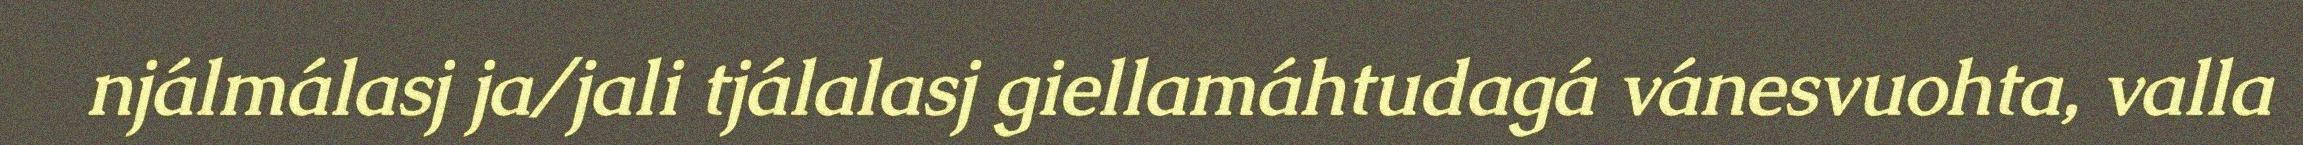
njálmálasj ja/jali tjálalasj giellamáhtudagá vánesvuohta, valla